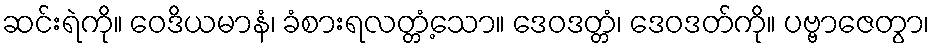
ဆင်းရဲကို။ ဝေဒိယမာနံ၊ ခံစားရလတ္တံ့သော။ ဒေဝဒတ္တံ၊ ဒေဝဒတ်ကို။ ပဗ္ဗာဇေတွာ၊